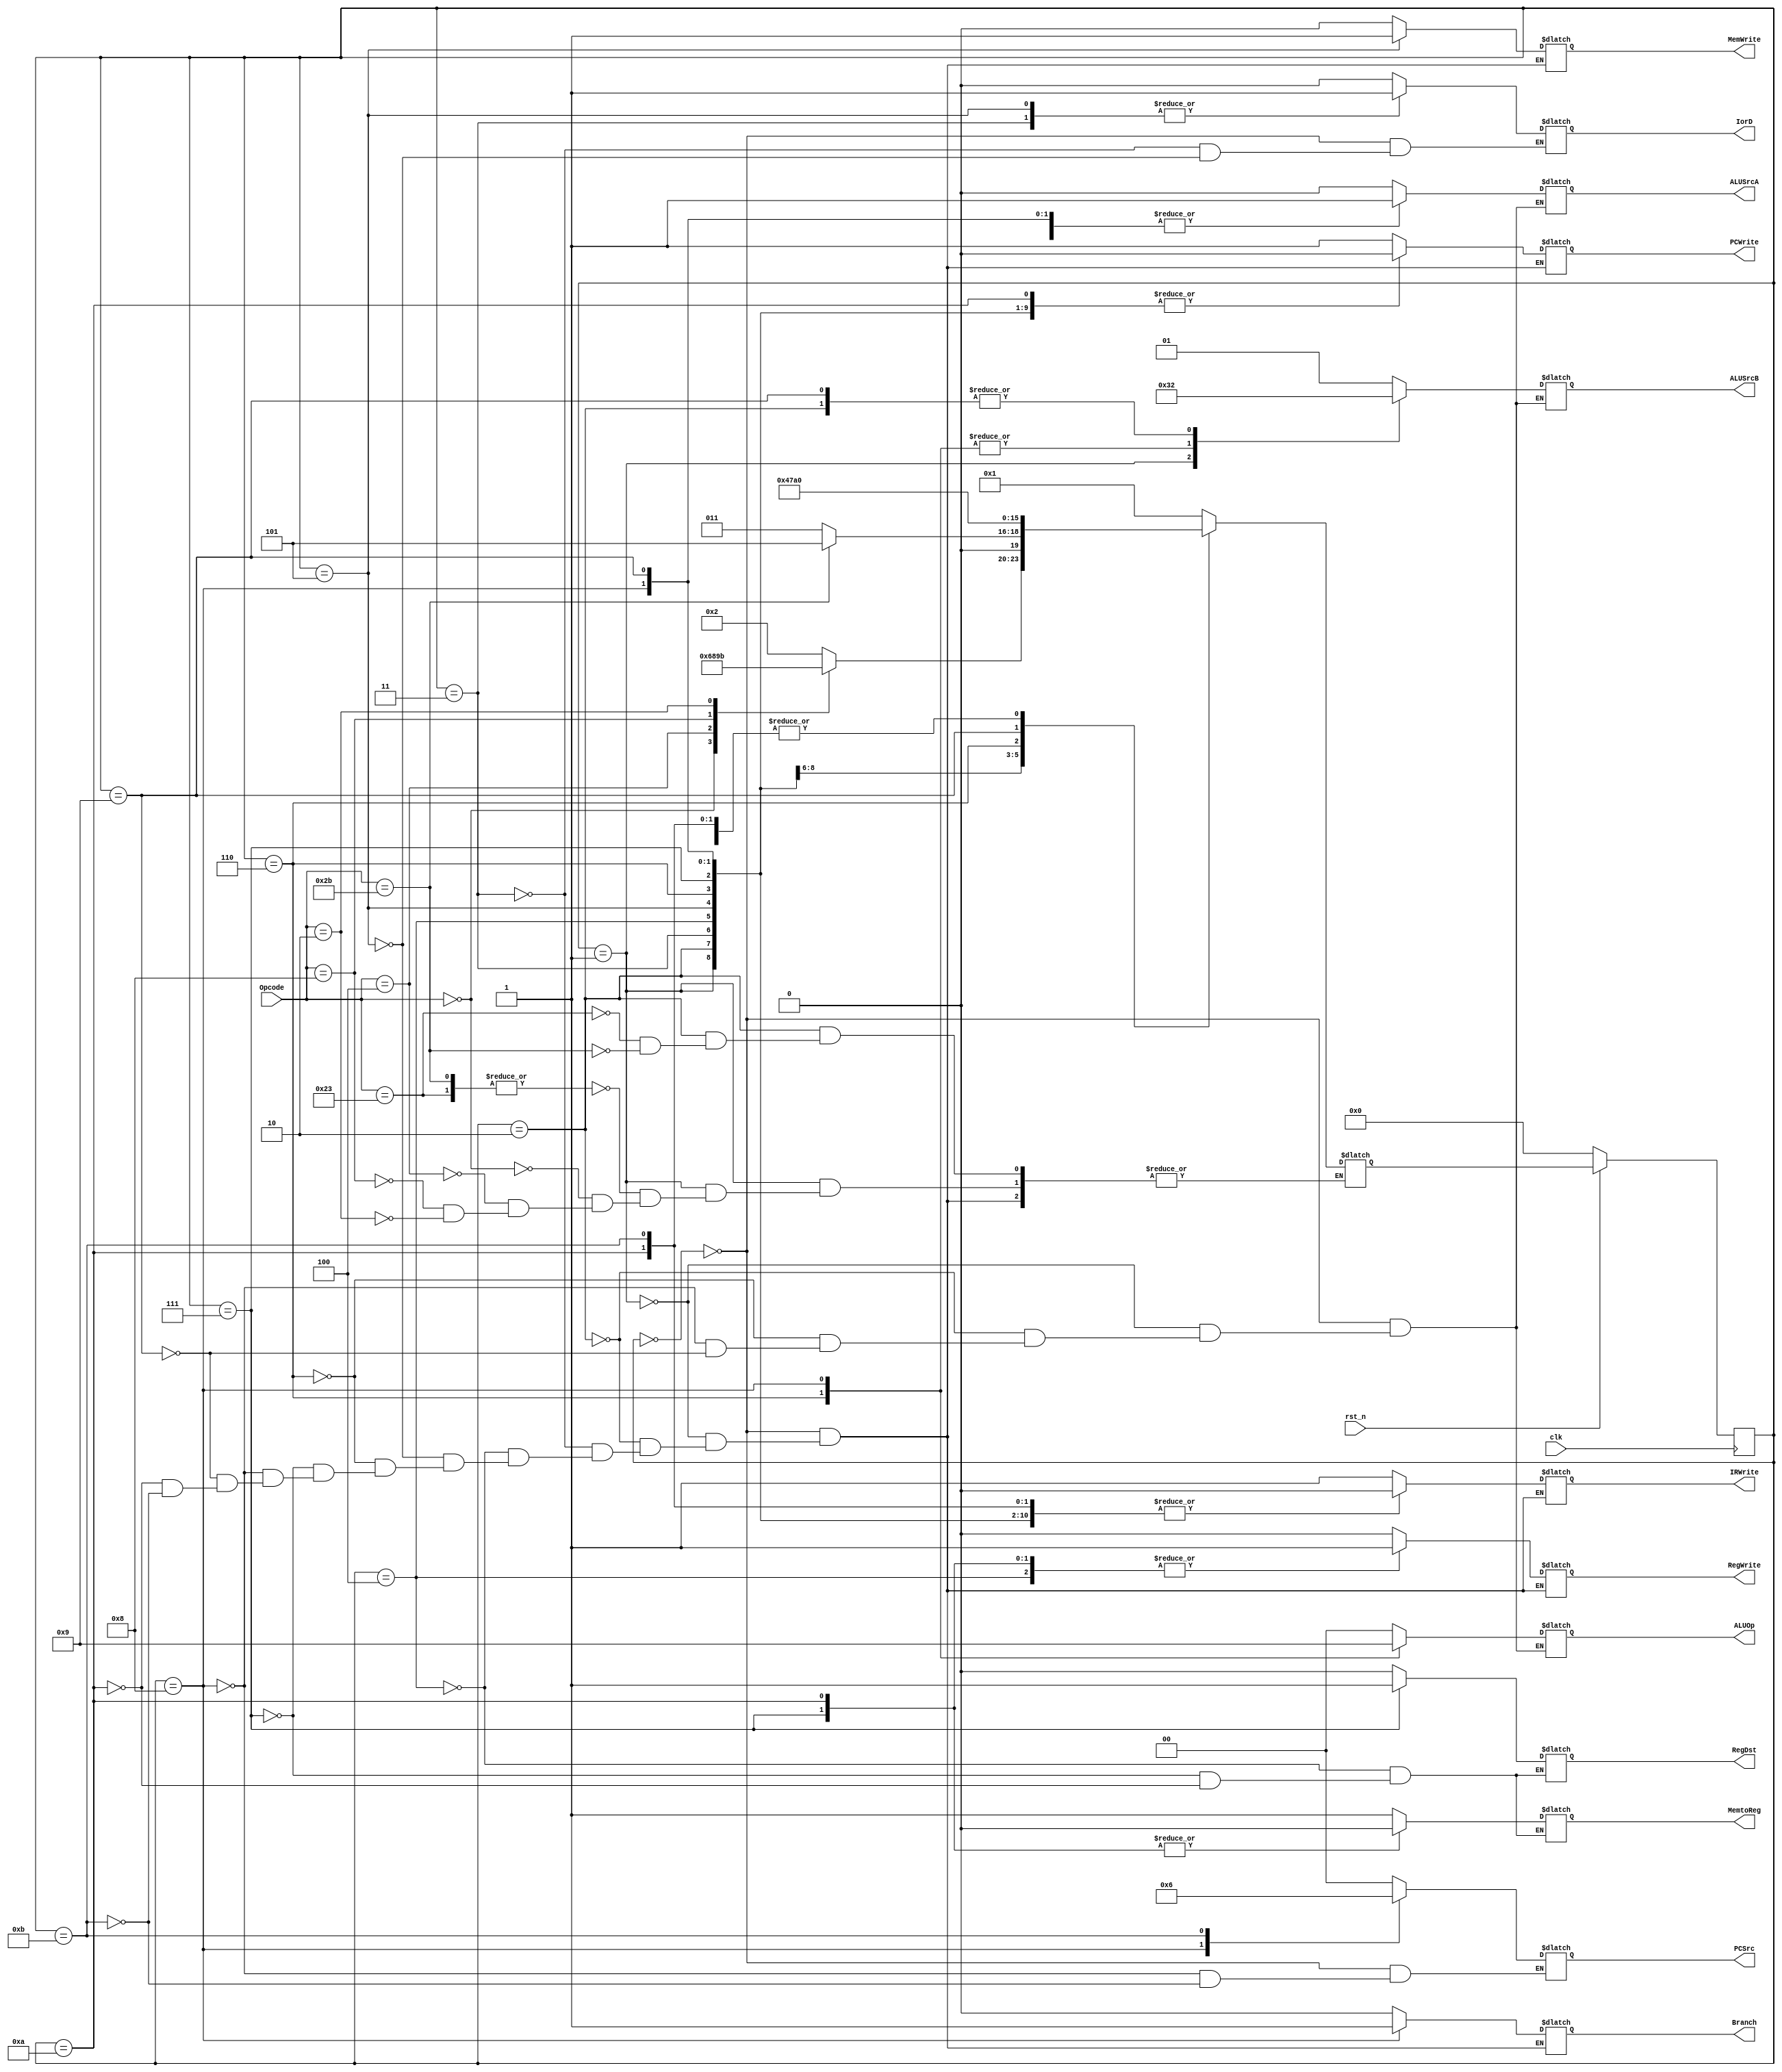
/*

	File name    : 
	LastEditors  : H
	LastEditTime : 2021-10-28 20:59:03
	Last Version : 1.0
	Description  : 
	
	----------------------------------------------------------------------------------------
	
	Author       : H
	Date         : 2021-10-28 20:59:02
	FilePath     : \MIPS_Single\Control_Unit.v
	Copyright 2021 H, All Rights Reserved. 

*/
module Control_Unit(
    // System Clock
    input        clk,
    input        rst_n,

    // User Interface

    input       [5:0]   Opcode,

    output  reg [1:0]   ALUOp,
    output  reg         MemtoReg,
    output  reg         RegDst,
    output  reg         IorD,
    output  reg [1:0]   PCSrc,
    output  reg [1:0]   ALUSrcB,
    output  reg         ALUSrcA,

    output  reg         IRWrite,
    output  reg         MemWrite,
    output  reg         PCWrite,
    output  reg         Branch,
    output  reg         RegWrite
);

    parameter   S0_Fetch   = 4'd0, S1_Decode       = 4'd1, S2_MemAdr   = 4'd2;
    parameter   S3_MemRead = 4'd3, S4_MemWriteback = 4'd4, S5_MemWrite = 4'd5;
    parameter   S6_Execute = 4'd6, S7_ALU_Writeback= 4'd7, S8_Branch   = 4'd8;
    parameter   S9_ADDI    = 4'd9, S10_ADDI_Writeback=4'd10,S11_Jump   = 4'd11;
    reg [3:0]   Current_State, Next_State;  

/*******************************************************************************
 *                                 Main Code
*******************************************************************************/

    always @(*) begin
        case(Current_State)
            S0_Fetch : begin
                IorD    = 1'b0;
                ALUSrcA = 1'b0;
                ALUSrcB = 2'b01;
                ALUOp   = 2'b00;
                PCSrc   = 2'b00;


                IRWrite = 1'b1;
                MemWrite= 1'b0;
                PCWrite = 1'b1;
                Branch  = 1'b0;
                RegWrite= 1'b0;
            end
            S1_Decode : begin
                ALUSrcA = 1'b0;
                ALUSrcB = 2'b11;
                ALUOp   = 2'b00;

                IRWrite = 1'b0;
                MemWrite= 1'b0;
                PCWrite = 1'b0;
                Branch  = 1'b0;
                RegWrite= 1'b0;
            end
            S2_MemAdr : begin
                ALUSrcA = 1'b1;
                ALUSrcB = 2'b10;
                ALUOp   = 2'b00;

                IRWrite  = 1'b0;
                MemWrite = 1'b0;
                PCWrite  = 1'b0;
                Branch   = 1'b0;
                RegWrite = 1'b0;
            end
            S3_MemRead : begin
                IorD     = 1'b1;

                IRWrite  = 1'b0;
                MemWrite = 1'b0;
                PCWrite  = 1'b0;
                Branch   = 1'b0;
                RegWrite = 1'b0;
            end
            S4_MemWriteback : begin
                RegDst   = 1'b0;
                MemtoReg = 1'b1;

                IRWrite  = 1'b0;
                MemWrite = 1'b0;
                PCWrite  = 1'b0;
                Branch   = 1'b0;
                RegWrite = 1'b1;
            end
            S5_MemWrite : begin
                IorD     = 1'b1;

                IRWrite  = 1'b0;
                MemWrite = 1'b1;
                PCWrite  = 1'b0;
                Branch   = 1'b0;
                RegWrite = 1'b0;
            end
            S6_Execute : begin
                ALUSrcA  = 1'b1;
                ALUSrcB  = 2'b00;
                ALUOp    = 2'b10;

                IRWrite  = 1'b0;
                MemWrite = 1'b0;
                PCWrite  = 1'b0;
                Branch   = 1'b0;
                RegWrite = 1'b0;
            end
            S7_ALU_Writeback : begin
                RegDst   = 1'b1;
                MemtoReg = 1'b0;

                IRWrite  = 1'b0;
                MemWrite = 1'b0;
                PCWrite  = 1'b0;
                Branch   = 1'b0;
                RegWrite = 1'b1;
            end
            S8_Branch : begin
                ALUSrcA  = 1'b1;
                ALUSrcB  = 2'b00;
                ALUOp    = 2'b01;
                PCSrc    = 2'b01; 

                IRWrite  = 1'b0;
                MemWrite = 1'b0;
                PCWrite  = 1'b0;
                Branch   = 1'b1;
                RegWrite = 1'b0;
            end
            S9_ADDI : begin
                ALUSrcA  = 1'b1;
                ALUSrcB  = 2'b10;
                ALUOp    = 2'b00;

                IRWrite  = 1'b0;
                MemWrite = 1'b0;
                PCWrite  = 1'b0;
                Branch   = 1'b0;
                RegWrite = 1'b0;
            end
            S10_ADDI_Writeback : begin
                RegDst   = 1'b0;
                MemtoReg = 1'b0;

                IRWrite  = 1'b0;
                MemWrite = 1'b0;
                PCWrite  = 1'b0;
                Branch   = 1'b0;
                RegWrite = 1'b1;
            end
            S11_Jump : begin
                PCSrc    = 2'b10;

                IRWrite  = 1'b0;
                MemWrite = 1'b0;
                PCWrite  = 1'b1;
                Branch   = 1'b0;
                RegWrite = 1'b0;
            end
        endcase 
    end

    always @(*) begin
        case(Current_State)
            S0_Fetch : Next_State = S1_Decode;
            S1_Decode : begin
                case(Opcode)
                    // OP = lw or sw
                    6'b100011,6'b101011 : Next_State = S2_MemAdr;
                    // Op = R-type
                    6'b000000: Next_State = S6_Execute;
                    // Op = Beq
                    6'b000100: Next_State = S8_Branch;
                    // Op = addi
                    6'b001000: Next_State = S9_ADDI;
                    // Op = Jump
                    6'b000010: Next_State = S11_Jump;
                endcase 
            end
            S2_MemAdr : begin
                case (Opcode)
                    6'b100011: Next_State = S3_MemRead;
                    6'b101011: Next_State = S5_MemWrite;
                    
                    default: ;
                endcase
            end
            S3_MemRead      : Next_State = S4_MemWriteback;
            S4_MemWriteback : Next_State = S0_Fetch;
            S5_MemWrite     : Next_State = S0_Fetch;
            S6_Execute      : Next_State = S7_ALU_Writeback;
            S7_ALU_Writeback: Next_State = S0_Fetch;
            S8_Branch       : Next_State = S0_Fetch;
            S9_ADDI         : Next_State = S10_ADDI_Writeback;
            S10_ADDI_Writeback : Next_State = S0_Fetch;
            S11_Jump        : Next_State = S0_Fetch;
        endcase
    end

    always @(posedge clk) begin
        if (!rst_n) begin
            Current_State <= S0_Fetch;
        end
        else begin
            Current_State <= Next_State;
        end
    end

endmodule